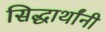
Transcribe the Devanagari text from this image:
सिद्धार्थांनी